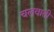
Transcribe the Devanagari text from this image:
चलवाती